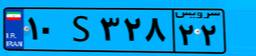
۸۶S۱۲۰۲۶